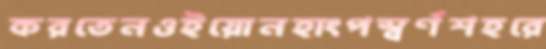
করতেনওইয়োনহাংপস্বর্ণশহরে